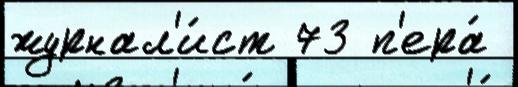
журнал'и́ст 73 п'ера́